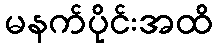
မနက်ပိုင်းအထိ